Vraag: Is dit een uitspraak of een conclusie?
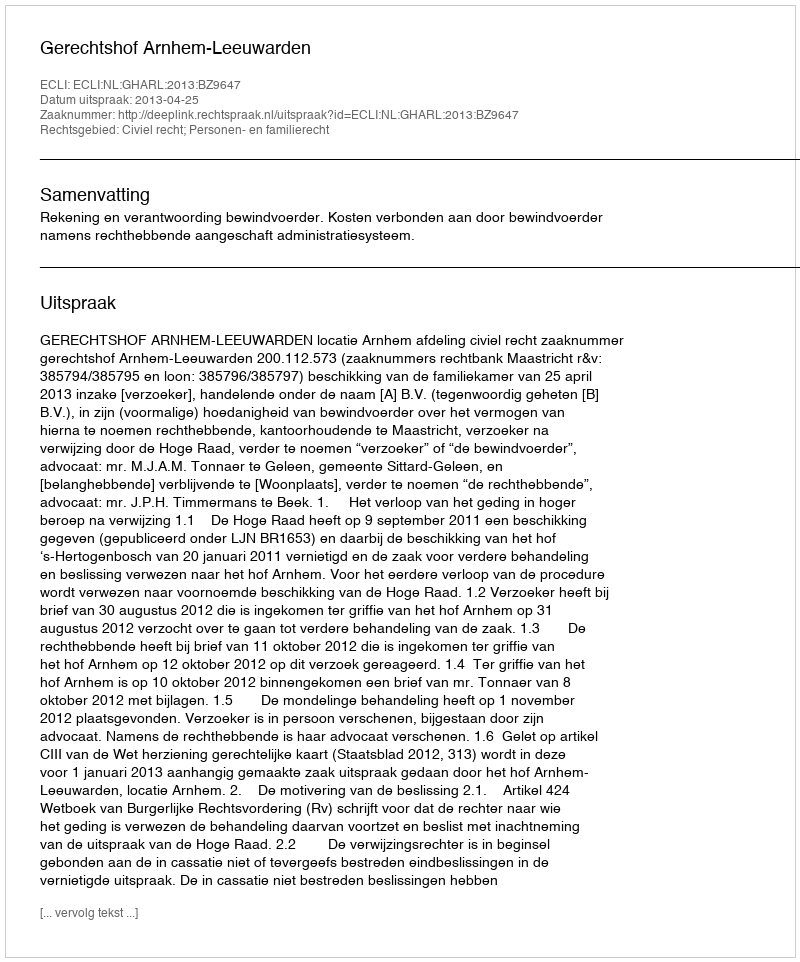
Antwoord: Uitspraak